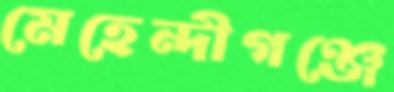
মেহেন্দীগঞ্জে